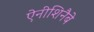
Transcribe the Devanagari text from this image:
ऐनीशिनैबे